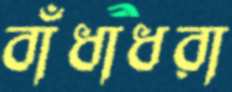
বাঁধাধরা